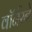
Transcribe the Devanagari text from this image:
वॉर्नरने